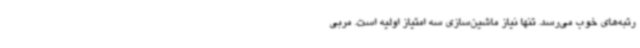
رتبه‌های خوب می‌رسد. تنها نیاز ماشین‌سازی سه امتیاز اولیه است. مربی